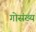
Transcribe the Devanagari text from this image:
गोसंख्य